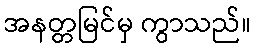
အနတ္တမြင်မှ ကွာသည်။